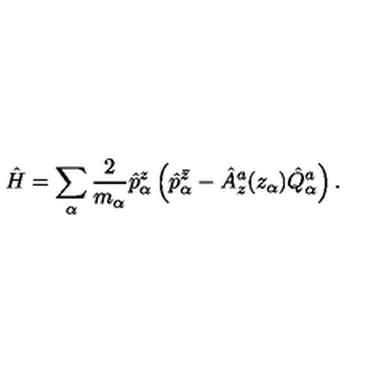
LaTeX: \hat { H } = \sum _ { \alpha } { \frac { 2 } { m _ { \alpha } } } \hat { p } _ { \alpha } ^ { z } \left( \hat { p } _ { \alpha } ^ { \bar { z } } - \hat { A } _ { z } ^ { a } ( z _ { \alpha } ) \hat { Q } _ { \alpha } ^ { a } \right) .